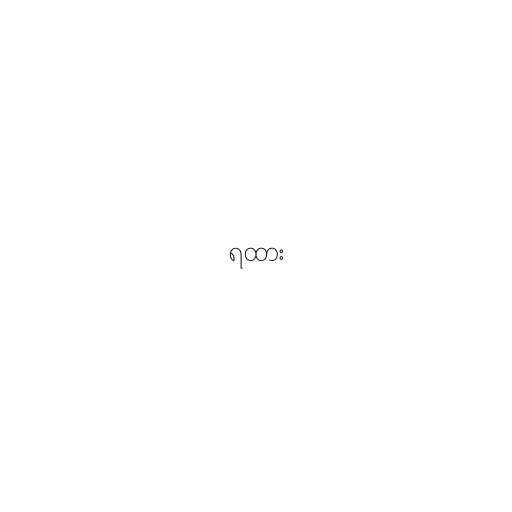
ရထား